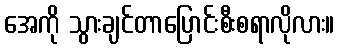
အေကို သွားချင်တာပြောင်းစီးစရာလိုလား။